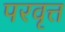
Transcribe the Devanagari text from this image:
परवृत्त